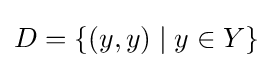
D=\{(y,y)\mid y\in Y\}